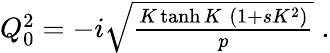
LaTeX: \begin{array}{r}{Q_{0}^{2}=-i\sqrt{\frac{K\operatorname{tanh}K\; (1+sK^{2})}{p}}\; .}\end{array}